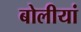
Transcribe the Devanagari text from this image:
बोलीयां